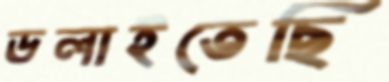
ডলাইতেছি